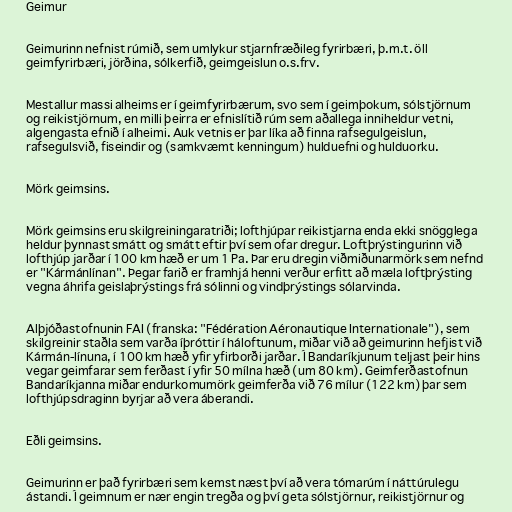
Geimur

Geimurinn nefnist rúmið, sem umlykur stjarnfræðileg fyrirbæri, þ.m.t. öll
geimfyrirbæri, jörðina, sólkerfið, geimgeislun o.s.frv.

Mestallur massi alheims er í geimfyrirbærum, svo sem í geimþokum, sólstjörnum
og reikistjörnum, en milli þeirra er efnislítið rúm sem aðallega inniheldur vetni,
algengasta efnið í alheimi. Auk vetnis er þar líka að finna rafsegulgeislun,
rafsegulsvið, fiseindir og (samkvæmt kenningum) hulduefni og hulduorku.

Mörk geimsins.

Mörk geimsins eru skilgreiningaratriði; lofthjúpar reikistjarna enda ekki snögglega
heldur þynnast smátt og smátt eftir því sem ofar dregur. Loftþrýstingurinn við
lofthjúp jarðar í 100 km hæð er um 1 Pa. Þar eru dregin viðmiðunarmörk sem nefnd
er "Kármánlínan". Þegar farið er framhjá henni verður erfitt að mæla loftþrýsting
vegna áhrifa geislaþrýstings frá sólinni og vindþrýstings sólarvinda.

Alþjóðastofnunin FAI (franska: "Fédération Aéronautique Internationale"), sem
skilgreinir staðla sem varða íþróttir í háloftunum, miðar við að geimurinn hefjist við
Kármán-línuna, í 100 km hæð yfir yfirborði jarðar. Í Bandaríkjunum teljast þeir hins
vegar geimfarar sem ferðast í yfir 50 mílna hæð (um 80 km). Geimferðastofnun
Bandaríkjanna miðar endurkomumörk geimferða við 76 mílur (122 km) þar sem
lofthjúpsdraginn byrjar að vera áberandi.

Eðli geimsins.

Geimurinn er það fyrirbæri sem kemst næst því að vera tómarúm í náttúrulegu
ástandi. Í geimnum er nær engin tregða og því geta sólstjörnur, reikistjörnur og